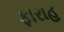
ફારાહ